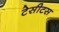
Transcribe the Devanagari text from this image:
टेसीटस